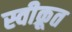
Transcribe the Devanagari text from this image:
स्वीक्रूत